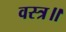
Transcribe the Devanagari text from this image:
वस्त्र॥